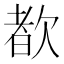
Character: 𬅩